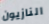
النازيون